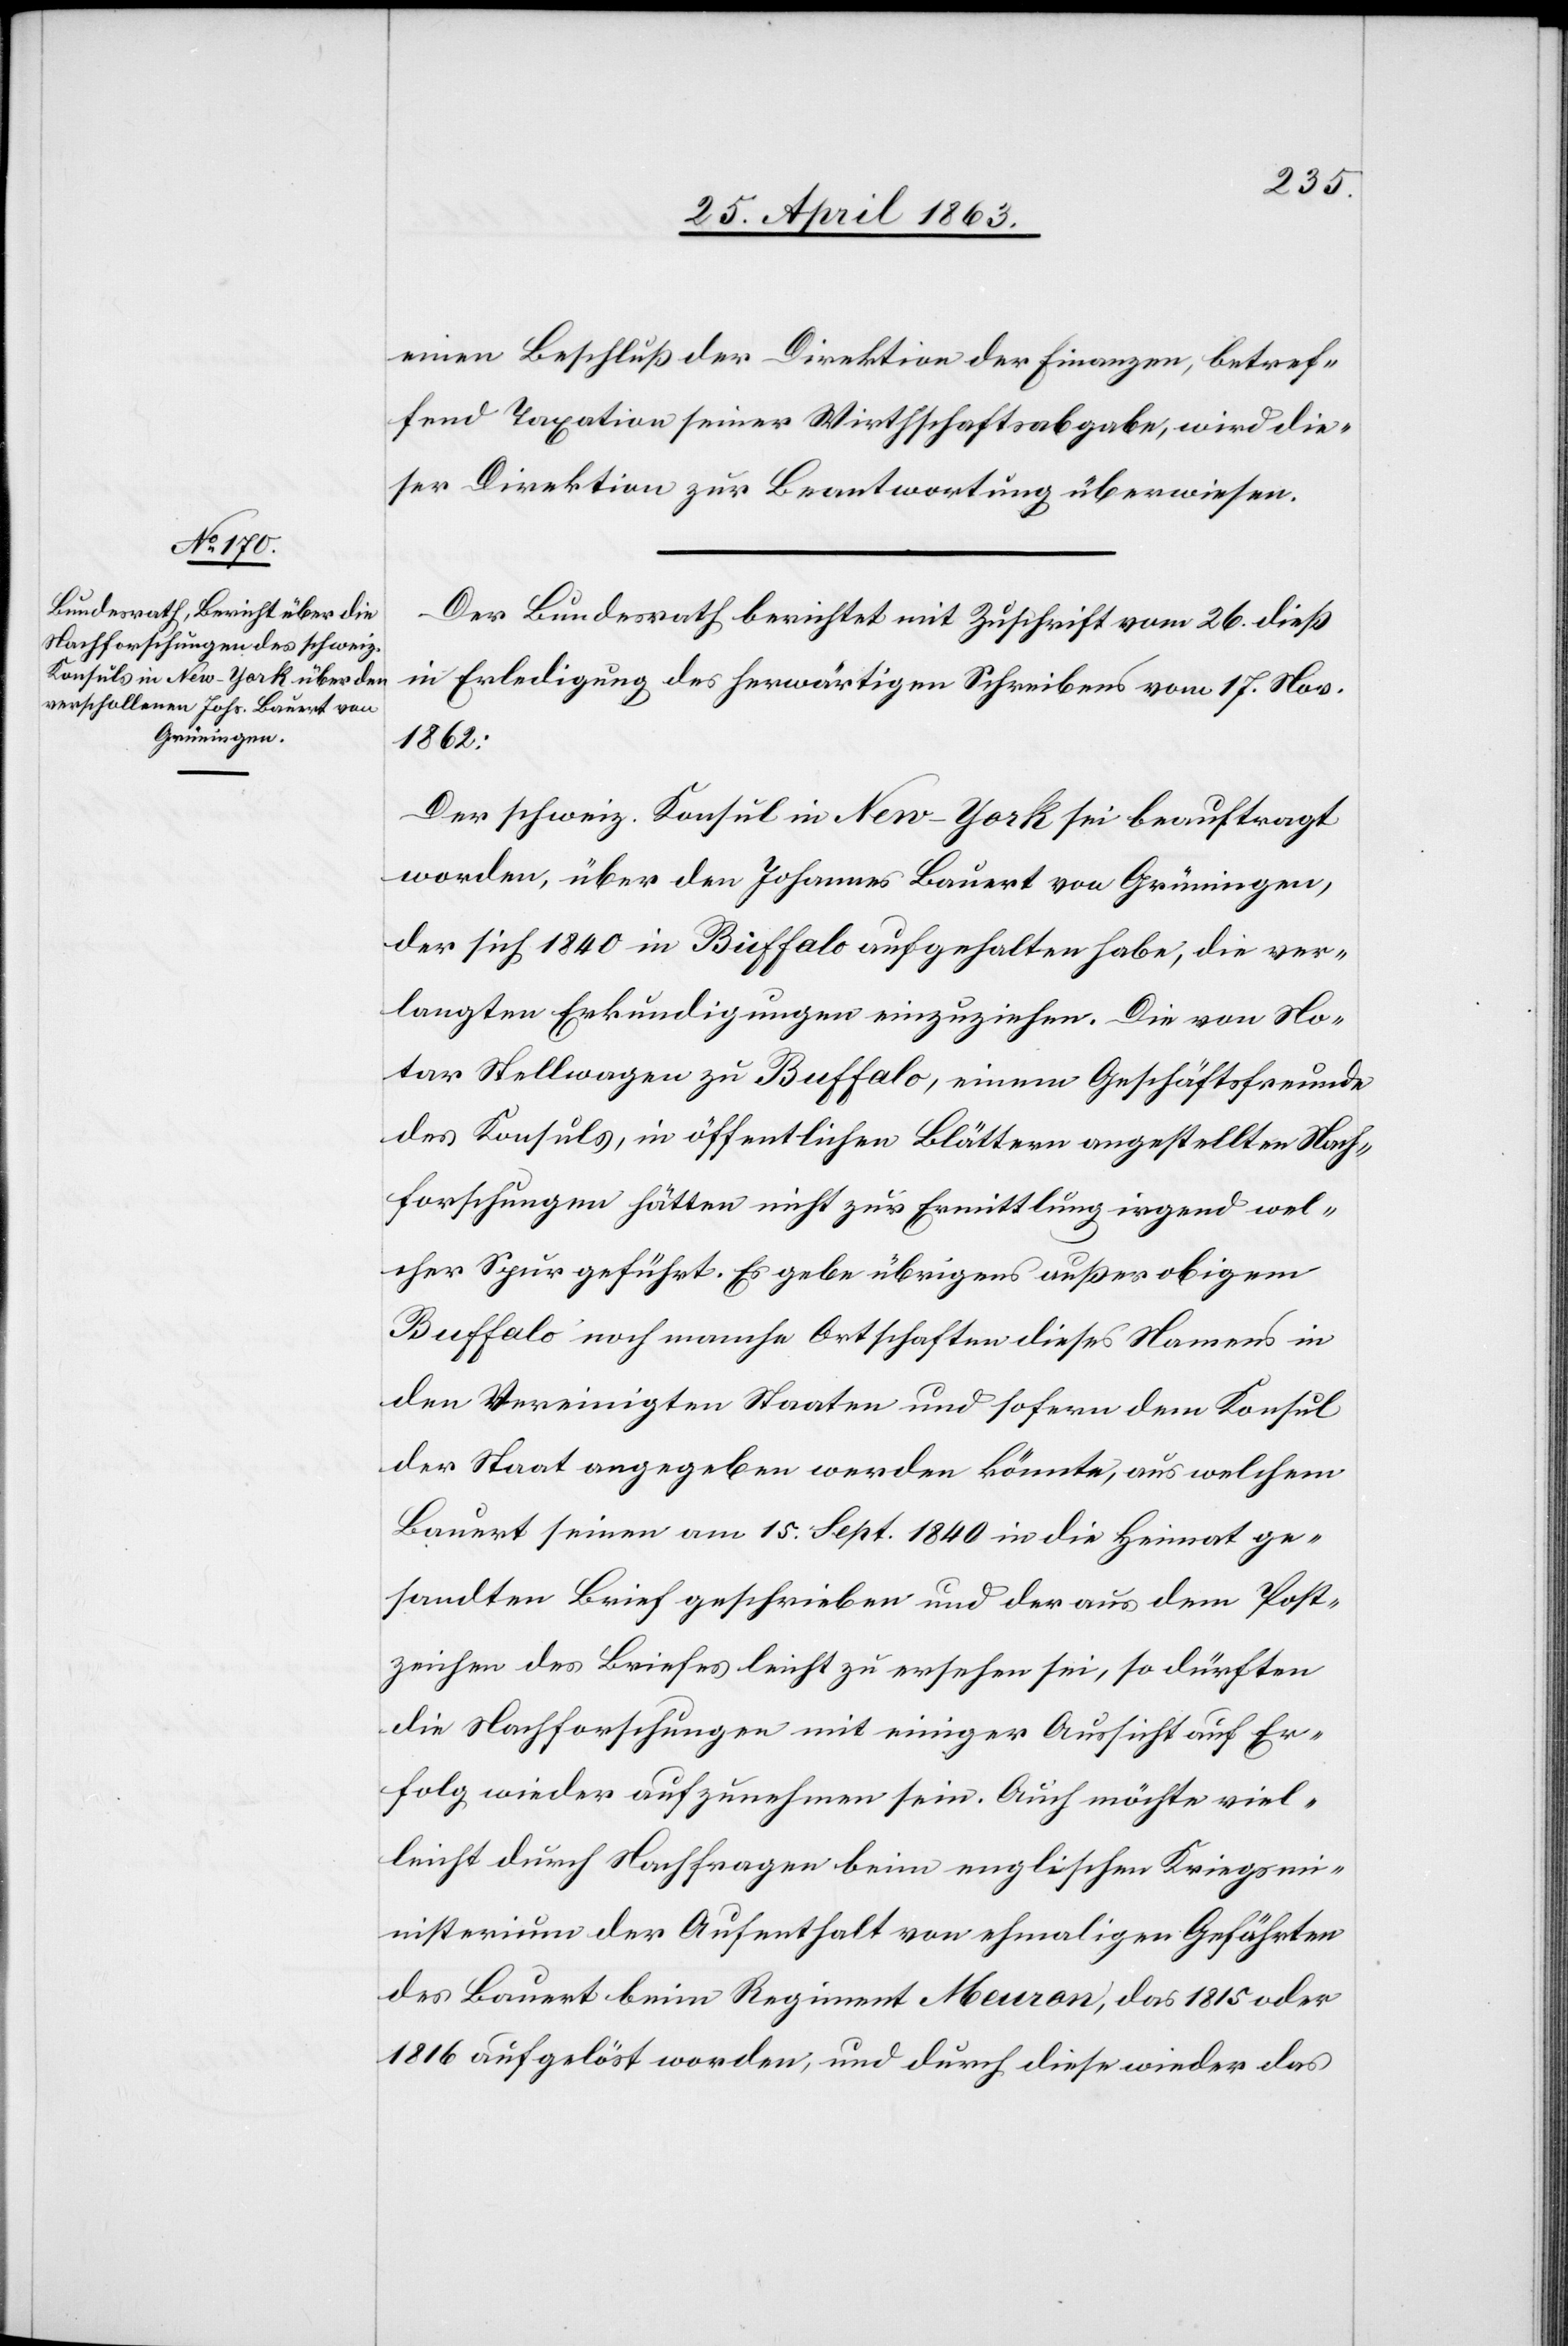
29. April 1863.]
einen Beschluß der Direktion der Finanzen, betref¬
fend Taxation seiner Wirthschaftsabgabe, wird die¬
ser Direktion zur Beantwortung überwiesen.
Der Bundesrath berichtet mit Zuschrift vom 26. dieß
in Erledigung des herwärtigen Schreibens vom 17. Nov.
1862:
Der schweiz. Konsul in New York sei beauftragt
worden, über den Johannes Bauert von Grüningen,
der sich 1840 in Buffalo aufgehalten habe, die ver¬
langten Erkundigungen einzuziehen. Die von No¬
tar Stellwagen zu Buffalo, einem Geschäftsfreunde
des Konsuls, in öffentlichen Blättern angestellten Nach¬
forschungen hätten nicht zur Ermittlung irgend wel¬
cher Spur geführt. Es gebe übrigens außer obigem
Buffalo noch manche Ortschaften dieses Namens in
den Vereinigten Staaten und sofern dem Konsul
der Staat angegeben werden könnte, aus welchem
Bauert seinen am 15. Sept 1840 in die Heimat ge¬
sandten Brief geschrieben und der aus dem Post¬
zeichen des Briefes leicht zu ersehen sei, so dürften
die Nachforschungen mit einiger Aussicht auf Er¬
folg wieder aufzunehmen sein. Auch möchte viel¬
leicht durch Nachfragen beim englischen Kriegsmi¬
nisterium der Aufenthalt von ehmaligen Gefährten
des Bauert beim Regiment Meuron, das 1815 oder
1816 aufgelöst worden, und durch diese wieder das